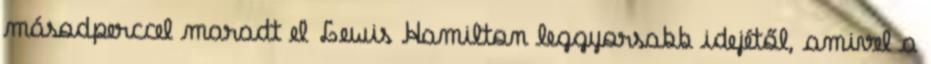
másodperccel maradt el Lewis Hamilton leggyorsabb idejétől, amivel a